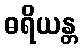
ဓရိယန္တ